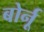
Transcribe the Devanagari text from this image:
बोर्नू